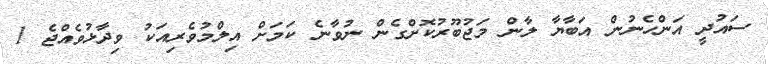
ސައުދީ އަންހެނުން އަބާޔާ ލާން މަޖުބޫރުކޮށްގެން ނުވާނެ ކަމަށް އިލްމުވެރިއަކު ވިދާޅުވެއްޖެ 1